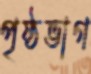
পৃষ্ঠভাগ